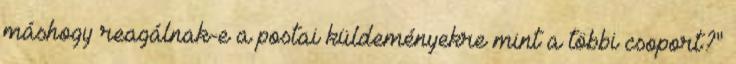
máshogy reagálnak-e a postai küldeményekre mint a többi csoport?"